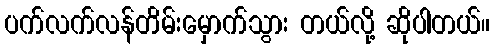
ပက်လက်လန်တိမ်းမှောက်သွား တယ်လို့ ဆိုပါတယ်။